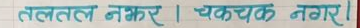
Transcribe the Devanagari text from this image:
तलतल नझर । चकचक नगर ।